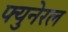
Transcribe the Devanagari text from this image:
फ्युनेरल